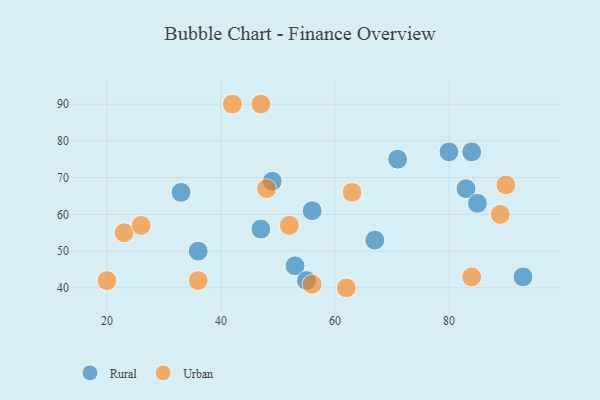
{"axis": {"x": "GDP", "y": "Life Expectancy"}, "legend": ["Rural", "Urban"], "data": [{"x": "80", "y": 77, "type": "Rural"}, {"x": "67", "y": 53, "type": "Rural"}, {"x": "36", "y": 50, "type": "Rural"}, {"x": "33", "y": 66, "type": "Rural"}, {"x": "53", "y": 46, "type": "Rural"}, {"x": "49", "y": 69, "type": "Rural"}, {"x": "93", "y": 43, "type": "Rural"}, {"x": "55", "y": 42, "type": "Rural"}, {"x": "47", "y": 56, "type": "Rural"}, {"x": "84", "y": 77, "type": "Rural"}, {"x": "56", "y": 61, "type": "Rural"}, {"x": "83", "y": 67, "type": "Rural"}, {"x": "85", "y": 63, "type": "Rural"}, {"x": "71", "y": 75, "type": "Rural"}, {"x": "62", "y": 40, "type": "Urban"}, {"x": "52", "y": 57, "type": "Urban"}, {"x": "90", "y": 68, "type": "Urban"}, {"x": "89", "y": 60, "type": "Urban"}, {"x": "48", "y": 67, "type": "Urban"}, {"x": "23", "y": 55, "type": "Urban"}, {"x": "36", "y": 42, "type": "Urban"}, {"x": "20", "y": 42, "type": "Urban"}, {"x": "47", "y": 90, "type": "Urban"}, {"x": "42", "y": 90, "type": "Urban"}, {"x": "56", "y": 41, "type": "Urban"}, {"x": "63", "y": 66, "type": "Urban"}, {"x": "84", "y": 43, "type": "Urban"}, {"x": "26", "y": 57, "type": "Urban"}]}